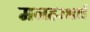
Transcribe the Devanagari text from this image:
मनहरभाई